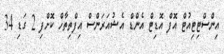
އިންސްޓިޓިއުޓް އޮފް އޮޑިޓް އެންޑް އެޝުއަރަންސް އިފްތިތާހް ކޮށްފި 2 ގަޑި 34